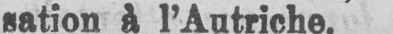
sation à l’Autriche.